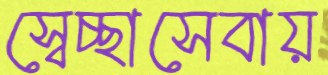
স্বেচ্ছাসেবায়